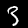
Digit: 3